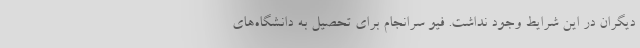
دیگران در این شرایط وجود نداشت. فیو سرانجام برای تحصیل به دانشگاه‌های